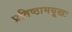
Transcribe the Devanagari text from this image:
प्रतिष्ठामयूखः